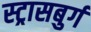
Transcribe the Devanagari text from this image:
स्ट्रासबुर्ग